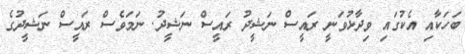
ބަހަކާއި އެކުގައި ވިދާޅުވަނީ ރައީސް ނަޝީދު ރައީސް ނަޝީދު. ނަމަވެސް ރައީސް ނަޝީދުގެ